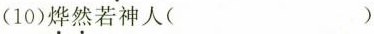
(10)\underset{·}{烨}\underset{·}{然}若神人( )